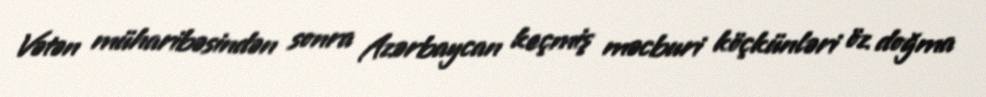
Vətən müharibəsindən sonra Azərbaycan keçmiş məcburi köçkünləri öz doğma